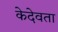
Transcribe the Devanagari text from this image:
केदेवता